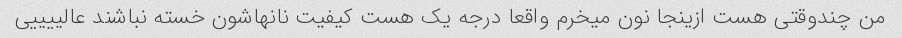
من چندوقتی هست ازینجا نون میخرم واقعا درجه یک هست کیفیت نانهاشون خسته نباشند عالییییی